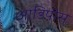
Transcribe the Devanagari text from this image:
आडिपोस